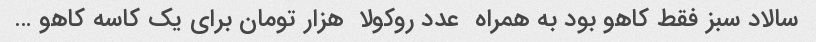
سالاد سبز فقط کاهو بود به همراه  عدد روکولا  هزار تومان برای یک کاسه کاهو …